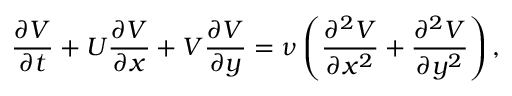
\frac { \partial V } { \partial t } + U \frac { \partial V } { \partial x } + V \frac { \partial V } { \partial y } = \nu \left( \frac { \partial ^ { 2 } V } { \partial x ^ { 2 } } + \frac { \partial ^ { 2 } V } { \partial y ^ { 2 } } \right) ,